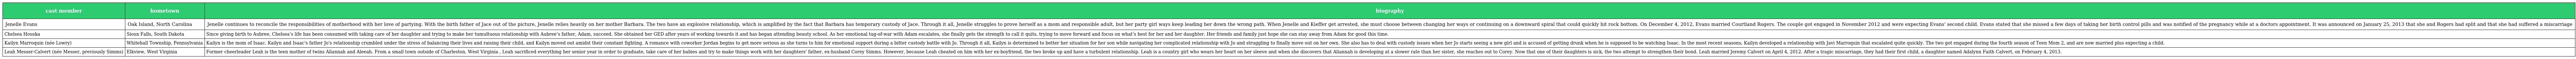
| cast member | hometown | biography |
 | --- | --- | --- |
 | Jenelle Evans | Oak Island, North Carolina | Jenelle continues to reconcile the responsibilities of motherhood with her love of partying. With the birth father of Jace out of the picture, Jenelle relies heavily on her mother Barbara. The two have an explosive relationship, which is amplified by the fact that Barbara has temporary custody of Jace. Through it all, Jenelle struggles to prove herself as a mom and responsible adult, but her party girl ways keep leading her down the wrong path. When Jenelle and Kieffer get arrested, she must choose between changing her ways or continuing on a downward spiral that could quickly hit rock bottom. On December 4, 2012, Evans married Courtland Rogers. The couple got engaged in November 2012 and were expecting Evans' second child. Evans stated that she missed a few days of taking her birth control pills and was notified of the pregnancy while at a doctors appointment. It was announced on January 25, 2013 that she and Rogers had split and that she had suffered a miscarriage |
 | Chelsea Houska | Sioux Falls, South Dakota | Since giving birth to Aubree, Chelsea’s life has been consumed with taking care of her daughter and trying to make her tumultuous relationship with Aubree’s father, Adam, succeed. She obtained her GED after years of working towards it and has began attending beauty school. As her emotional tug-of-war with Adam escalates, she finally gets the strength to call it quits, trying to move forward and focus on what’s best for her and her daughter. Her friends and family just hope she can stay away from Adam for good this time. |
 | Kailyn Marroquin (née Lowry) | Whitehall Township, Pennsylvania | Kailyn is the mom of Isaac. Kailyn and Isaac's father Jo's relationship crumbled under the stress of balancing their lives and raising their child, and Kailyn moved out amidst their constant fighting. A romance with coworker Jordan begins to get more serious as she turns to him for emotional support during a bitter custody battle with Jo. Through it all, Kailyn is determined to better her situation for her son while navigating her complicated relationship with Jo and struggling to finally move out on her own. She also has to deal with custody issues when her Jo starts seeing a new girl and is accused of getting drunk when he is supposed to be watching Isaac. In the most recent seasons, Kailyn developed a relationship with Javi Marroquin that escalated quite quickly. The two got engaged during the fourth season of Teen Mom 2, and are now married plus expecting a child. |
 | Leah Messer-Calvert (née Messer, previously Simms) | Elkview, West Virginia | Former cheerleader Leah is the teen mother of twins Aliannah and Aleeah. From a small town outside of Charleston, West Virginia , Leah sacrificed everything her senior year in order to graduate, take care of her babies and try to make things work with her daughters' father, ex-husband Corey Simms. However, because Leah cheated on him with her ex-boyfriend, the two broke up and have a turbulent relationship. Leah is a country girl who wears her heart on her sleeve and when she discovers that Aliannah is developing at a slower rate than her sister, she reaches out to Corey. Now that one of their daughters is sick, the two attempt to strengthen their bond. Leah married Jeremy Calvert on April 4, 2012. After a tragic miscarriage, they had their first child, a daughter named Adalynn Faith Calvert, on February 4, 2013. |